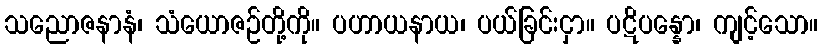
သညောဇနာနံ၊ သံယောဇဉ်တို့ကို။ ပဟာယနာယ၊ ပယ်ခြင်းငှာ။ ပဋိပန္နော၊ ကျင့်သော။